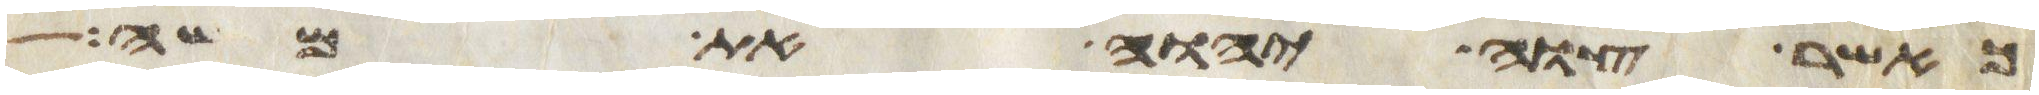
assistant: כאשר צוה יהוה את משה